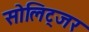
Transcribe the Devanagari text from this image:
सोलिट्जर